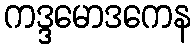
ကဒ္ဒမောဒကေန